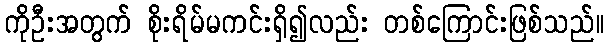
ကိုဦးအတွက် စိုးရိမ်မကင်းရှိ၍လည်း တစ်ကြောင်းဖြစ်သည်။